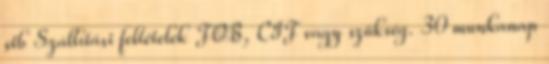
stb Szállítási feltételek FOB, CIF vagy szükség. 30 munkanap